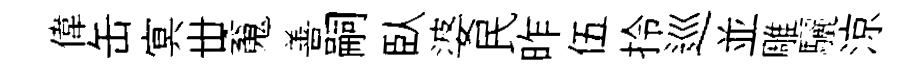
偉缶㝠丗䰟善嗣臥婆民昨伍拎巡並雕驪涼